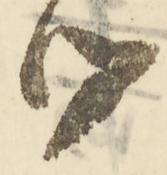
御